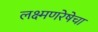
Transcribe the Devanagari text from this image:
लक्ष्मणरेषेचा